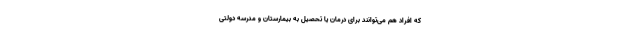
که افراد هم می‌توانند برای درمان یا تحصیل به بیمارستان و مدرسه دولتی